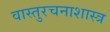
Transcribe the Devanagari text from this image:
वास्तुरचनाशास्त्र